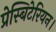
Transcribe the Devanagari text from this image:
प्रेस्बिटेरियन।